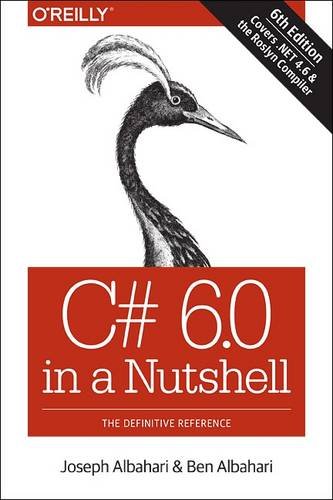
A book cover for C# 6.0 in a Nutshell: The Definitive Reference; Joseph Albahari; Computers & Technology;